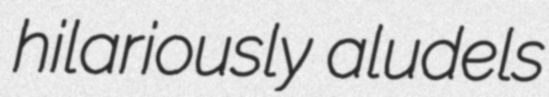
hilariously aludels